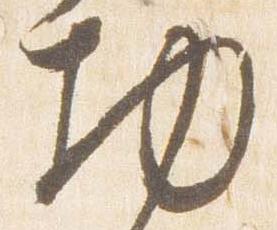
物